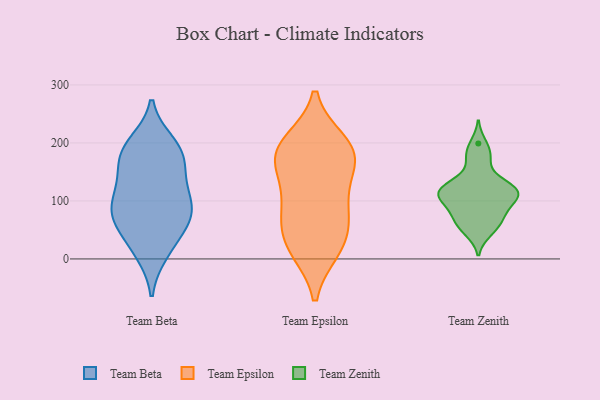
{"axis": {"x": "Operating Costs (USD K)", "y": "Value"}, "legend": ["Team Beta", "Team Epsilon", "Team Zenith"], "data": [{"x": "", "y": 200, "type": "Team Beta"}, {"x": "", "y": 190, "type": "Team Beta"}, {"x": "", "y": 180, "type": "Team Beta"}, {"x": "", "y": 131, "type": "Team Beta"}, {"x": "", "y": 57, "type": "Team Beta"}, {"x": "", "y": 159, "type": "Team Beta"}, {"x": "", "y": 10, "type": "Team Beta"}, {"x": "", "y": 156, "type": "Team Beta"}, {"x": "", "y": 14, "type": "Team Beta"}, {"x": "", "y": 191, "type": "Team Beta"}, {"x": "", "y": 59, "type": "Team Beta"}, {"x": "", "y": 57, "type": "Team Beta"}, {"x": "", "y": 112, "type": "Team Beta"}, {"x": "", "y": 100, "type": "Team Beta"}, {"x": "", "y": 85, "type": "Team Beta"}, {"x": "", "y": 86, "type": "Team Beta"}, {"x": "", "y": 87, "type": "Team Beta"}, {"x": "", "y": 89, "type": "Team Epsilon"}, {"x": "", "y": 18, "type": "Team Epsilon"}, {"x": "", "y": 190, "type": "Team Epsilon"}, {"x": "", "y": 84, "type": "Team Epsilon"}, {"x": "", "y": 200, "type": "Team Epsilon"}, {"x": "", "y": 189, "type": "Team Epsilon"}, {"x": "", "y": 31, "type": "Team Epsilon"}, {"x": "", "y": 115, "type": "Team Epsilon"}, {"x": "", "y": 58, "type": "Team Epsilon"}, {"x": "", "y": 17, "type": "Team Epsilon"}, {"x": "", "y": 158, "type": "Team Epsilon"}, {"x": "", "y": 176, "type": "Team Epsilon"}, {"x": "", "y": 175, "type": "Team Epsilon"}, {"x": "", "y": 141, "type": "Team Zenith"}, {"x": "", "y": 199, "type": "Team Zenith"}, {"x": "", "y": 52, "type": "Team Zenith"}, {"x": "", "y": 177, "type": "Team Zenith"}, {"x": "", "y": 111, "type": "Team Zenith"}, {"x": "", "y": 176, "type": "Team Zenith"}, {"x": "", "y": 122, "type": "Team Zenith"}, {"x": "", "y": 111, "type": "Team Zenith"}, {"x": "", "y": 102, "type": "Team Zenith"}, {"x": "", "y": 85, "type": "Team Zenith"}, {"x": "", "y": 126, "type": "Team Zenith"}, {"x": "", "y": 78, "type": "Team Zenith"}, {"x": "", "y": 99, "type": "Team Zenith"}, {"x": "", "y": 117, "type": "Team Zenith"}, {"x": "", "y": 65, "type": "Team Zenith"}, {"x": "", "y": 124, "type": "Team Zenith"}, {"x": "", "y": 46, "type": "Team Zenith"}, {"x": "", "y": 67, "type": "Team Zenith"}, {"x": "", "y": 112, "type": "Team Zenith"}]}